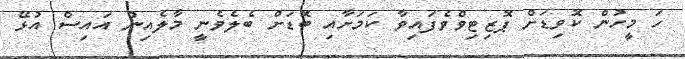
ހަ މީހުން ކޮވިޑަށް ޕޮޒިޓިވްވެފައިވާ ކަމަށާއި ބޮޑަށް ބެލެވެނީ މާލެއިން އައިސް އުޅޭ